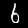
Label: 6